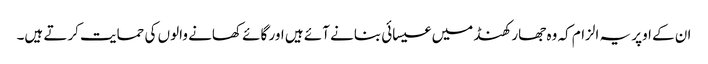
ان کے اوپر یہ الزام کہ وہ جھارکھنڈ میں عیسائی بنانے آئے ہیں اور گائے کھانے والوں کی حمایت کرتے ہیں۔